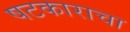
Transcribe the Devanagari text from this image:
षटकाराचा